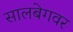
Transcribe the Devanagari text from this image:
सालबेगवर